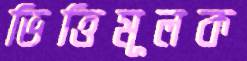
ভিত্তিমূলক